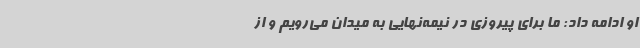
او ادامه داد: ما برای پیروزی در نیمه‌نهایی به میدان می‌رویم و از